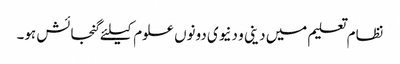
نظام تعلیم میں دینی و دنیوی دونوں علوم کیلئے گنجائش ہو۔